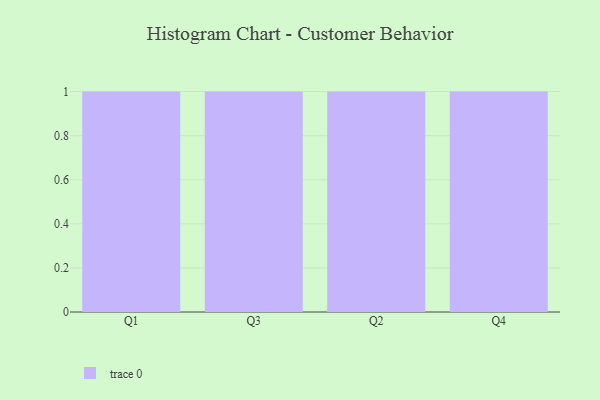
{"axis": {"x": "Quarter", "y": "Shipments"}, "legend": [""], "data": [{"x": "Q1", "y": 16, "type": ""}, {"x": "Q3", "y": 8, "type": ""}, {"x": "Q2", "y": 56, "type": ""}, {"x": "Q4", "y": 67, "type": ""}]}